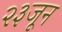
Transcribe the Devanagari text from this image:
२३जून